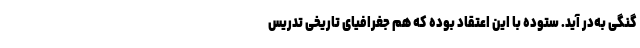
گنگی به‌در آید. ستوده با این اعتقاد بوده که هم جغرافیای تاریخی تدریس